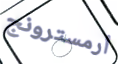
أرمسترونج